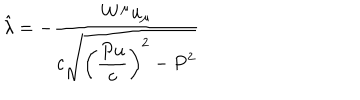
LaTeX: \hat { \lambda } = - \frac { W ^ { \mu } u _ { \mu } } { \displaystyle c \sqrt { \left( \frac { P u } { c } \right) ^ { 2 } - P ^ { 2 } } }